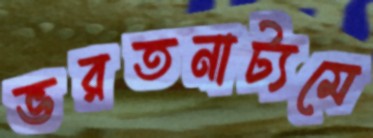
ভরতনাট্যমে